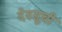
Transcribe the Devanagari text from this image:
देवसूची